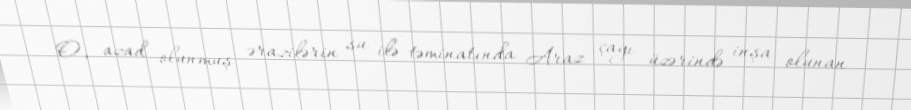
O, azad olunmuş ərazilərin su ilə təminatında Araz çayı üzərində inşa olunan